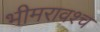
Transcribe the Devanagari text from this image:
भीमरावश्च